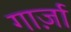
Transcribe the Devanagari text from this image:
गार्ज़ा